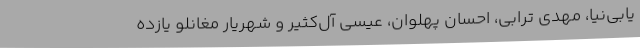
یابی‌نیا، مهدی ترابی، احسان پهلوان، عیسی آل‌کثیر و شهریار مغانلو یازده